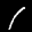
Label: 1